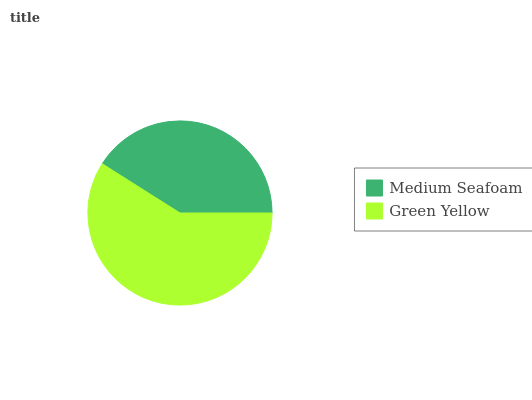
| Medium Seafoam | Green Yellow |
 | --- | --- |
 | 41% | 59% |